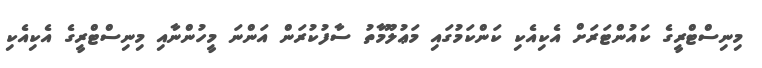
މިނިސްޓްރީގެ ކައުންޓަރަށް އެކިއެކި ކަންކަމުގައި މަޢުލޫމާތު ސާފުކުރަން އަންނަ މީހުންނާއި މިނިސްޓްރީގެ އެކިއެކި